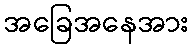
အခြေအနေအား